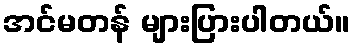
အင်မတန် များပြားပါတယ်။